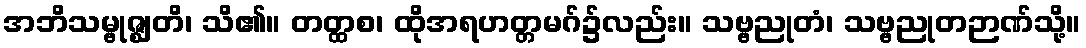
အဘိသမ္ဗုဇ္ဈတိ၊ သိ၏။ တတ္ထစ၊ ထိုအရဟတ္တမဂ်၌လည်း။ သဗ္ဗညုတံ၊ သဗ္ဗညုတဉာဏ်သို့။